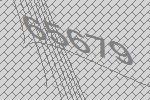
65679